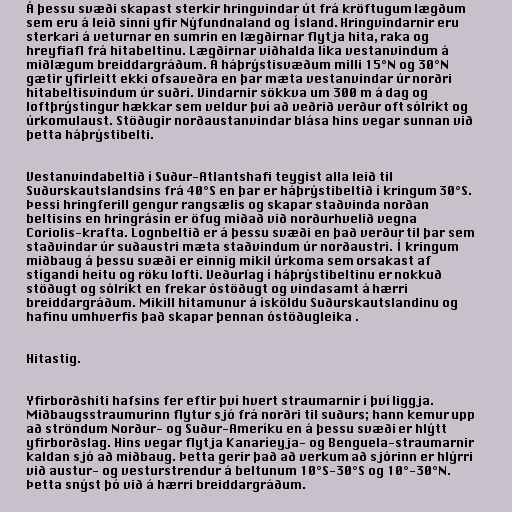
Á þessu svæði skapast sterkir hringvindar út frá kröftugum lægðum
sem eru á leið sinni yfir Nýfundnaland og Ísland. Hringvindarnir eru
sterkari á veturnar en sumrin en lægðirnar flytja hita, raka og
hreyfiafl frá hitabeltinu. Lægðirnar viðhalda líka vestanvindum á
miðlægum breiddargráðum. Á háþrýstisvæðum milli 15°N og 30°N
gætir yfirleitt ekki ofsaveðra en þar mæta vestanvindar úr norðri
hitabeltisvindum úr suðri. Vindarnir sökkva um 300 m á dag og
loftþrýstingur hækkar sem veldur því að veðrið verður oft sólríkt og
úrkomulaust. Stöðugir norðaustanvindar blása hins vegar sunnan við
þetta háþrýstibelti.

Vestanvindabeltið í Suður-Atlantshafi teygist alla leið til
Suðurskautslandsins frá 40°S en þar er háþrýstibeltið í kringum 30°S.
Þessi hringferill gengur rangsælis og skapar staðvinda norðan
beltisins en hringrásin er öfug miðað við norðurhvelið vegna
Coriolis-krafta. Lognbeltið er á þessu svæði en það verður til þar sem
staðvindar úr suðaustri mæta staðvindum úr norðaustri. Í kringum
miðbaug á þessu svæði er einnig mikil úrkoma sem orsakast af
stígandi heitu og röku lofti. Veðurlag í háþrýstibeltinu er nokkuð
stöðugt og sólríkt en frekar óstöðugt og vindasamt á hærri
breiddargráðum. Mikill hitamunur á ísköldu Suðurskautslandinu og
hafinu umhverfis það skapar þennan óstöðugleika .

Hitastig.

Yfirborðshiti hafsins fer eftir því hvert straumarnir í því liggja.
Miðbaugsstraumurinn flytur sjó frá norðri til suðurs; hann kemur upp
að ströndum Norður- og Suður-Ameríku en á þessu svæði er hlýtt
yfirborðslag. Hins vegar flytja Kanaríeyja- og Benguela-straumarnir
kaldan sjó að miðbaug. Þetta gerir það að verkum að sjórinn er hlýrri
við austur- og vesturstrendur á beltunum 10°S-30°S og 10°-30°N.
Þetta snýst þó við á hærri breiddargráðum.